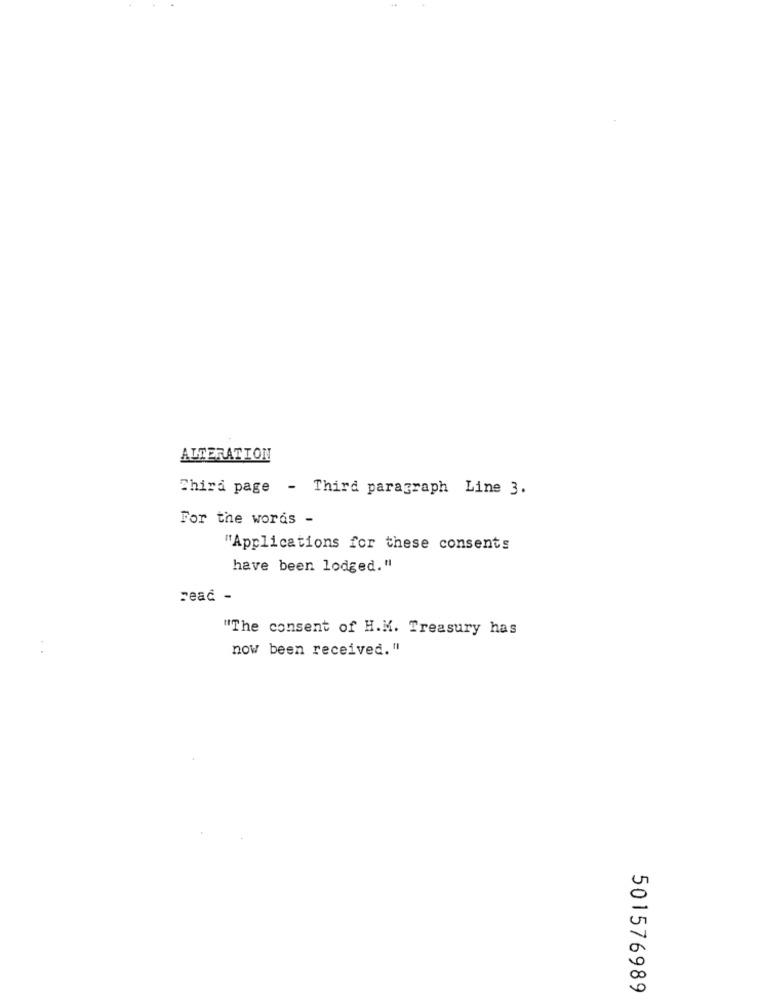
ALTERATION
Third page - Third paragraph Line 3.
For the words -
"Applications for these consents
have been lodged."
Feac -
"The consent of H.M. Treasury has
now been received."
501576989